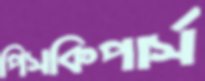
পিসকিপার্স